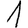
Digit: 1